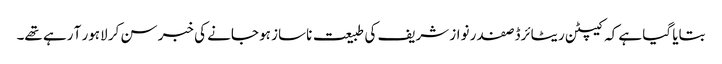
بتایا گیا ہے کہ کیپٹن ریٹائرڈ صفدر نواز شریف کی طبیعت ناساز ہو جانے کی خبر سن کر لاہور آ رہے تھے۔